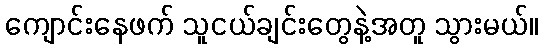
ကျောင်းနေဖက် သူငယ်ချင်းတွေနဲ့အတူ သွားမယ်။